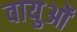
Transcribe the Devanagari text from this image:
वायुओं